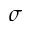
\sigma